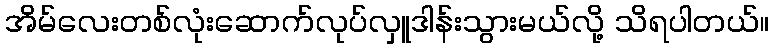
အိမ်လေးတစ်လုံးဆောက်လုပ်လှူဒါန်းသွားမယ်လို့ သိရပါတယ်။